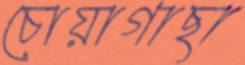
চোয়াগাছা